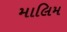
માલિમ